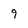
Character: 9